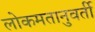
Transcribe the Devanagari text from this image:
लोकमतानुवर्ती